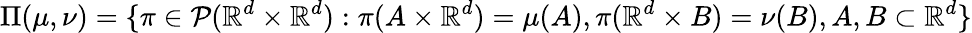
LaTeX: \Pi(\mu,\nu)=\{ \pi\in\mathcal{P}(\mathbb{R}^{d}\times\mathbb{R}^{d}):\pi(A\times\mathbb{R}^{d})=\mu(A),\pi(\mathbb{R}^{d}\times B)=\nu(B),A,B\subset\mathbb{R}^{d}\}